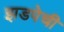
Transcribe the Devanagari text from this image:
झडपेची